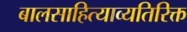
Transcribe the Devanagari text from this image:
बालसाहित्याव्यतिरिक्त